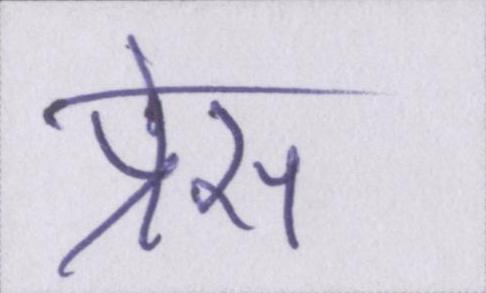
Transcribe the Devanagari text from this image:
प्रेस